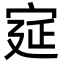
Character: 㝚